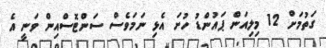
ގަތުމަށް 12 މިލިއަން ޕައުންޑު ހުށަ އެޅި ނަމަވެސް ސަންޓޮސްއިން ވަނީ އެ